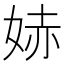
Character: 𫰭